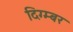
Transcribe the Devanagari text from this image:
दिग्म्बर